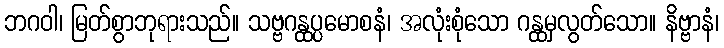
ဘဂဝါ၊ မြတ်စွာဘုရားသည်။ သဗ္ဗဂန္ထပ္ပမောစနံ၊ အလုံးစုံသော ဂန္ထမှလွတ်သော။ နိဗ္ဗာနံ၊